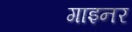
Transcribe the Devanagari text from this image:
गाइनर